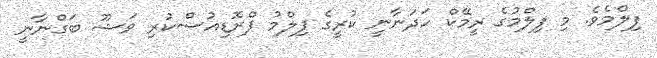
ފިލްމެވެ. މި ފިލްމުގެ ރީމޭކް ހަދަނާނީ ކުރީގެ ފިލްމު ޕްރޮޑިއުސްކުރި ވަޝޫ ބަގްނާނީ